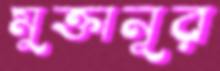
মুক্তানূর